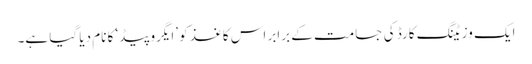
ایک وزیٹنگ کارڈ کی جسامت کے برابر اس کاغذ کو ’ایگروپیڈ‘ کا نام دیا گیا ہے۔